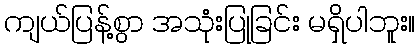
ကျယ်ပြန့်စွာ အသုံးပြုခြင်း မရှိပါဘူး။